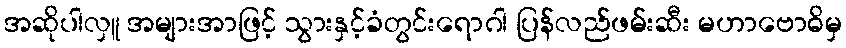
အဆိုပါလှူ အများအာဖြင့် သွားနှင့်ခံတွင်းရောဂါ ပြန်လည်ဖမ်းဆီး မဟာဗောဓိမှ